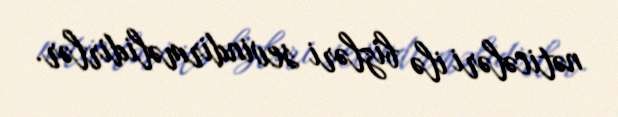
nəticələri ilə bizləri sevindirməlidirlər.